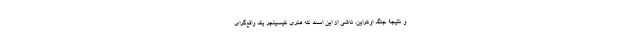
و نتیجۀ جنگ اوکراین، ناشی از این است که هنری کیسینجر یک واقع‌گرای